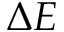
\Delta E